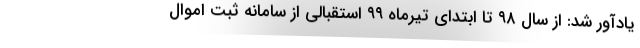
یادآور شد: از سال ۹۸ تا ابتدای تیرماه ۹۹ استقبالی از سامانه ثبت اموال